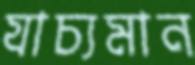
যাচ্যমান